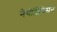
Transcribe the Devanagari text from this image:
नेगोशियेसन